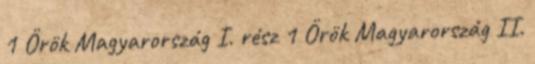
1 Örök Magyarország I. rész 1 Örök Magyarország II.